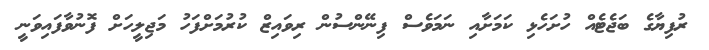
ރުފިޔާގެ ބަޖެޓެއް ހުށަހެޅި ކަމަށާއި ނަމަވެސް ފިނޭންސުން ރިވައިޒް ކުރުމަށްފަހު މަޖިލީހަށް ފޮނުވާފައިވަނީ